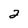
Character: 2